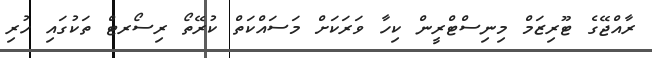
ރާއްޖޭގެ ޓޫރިޒަމް މިނިސްޓްރީން ކިހާ ވަރަކަށް މަސައްކަތް ކުރޭތޯ ރިސޯރޓް ތަކުގައި ހުރި